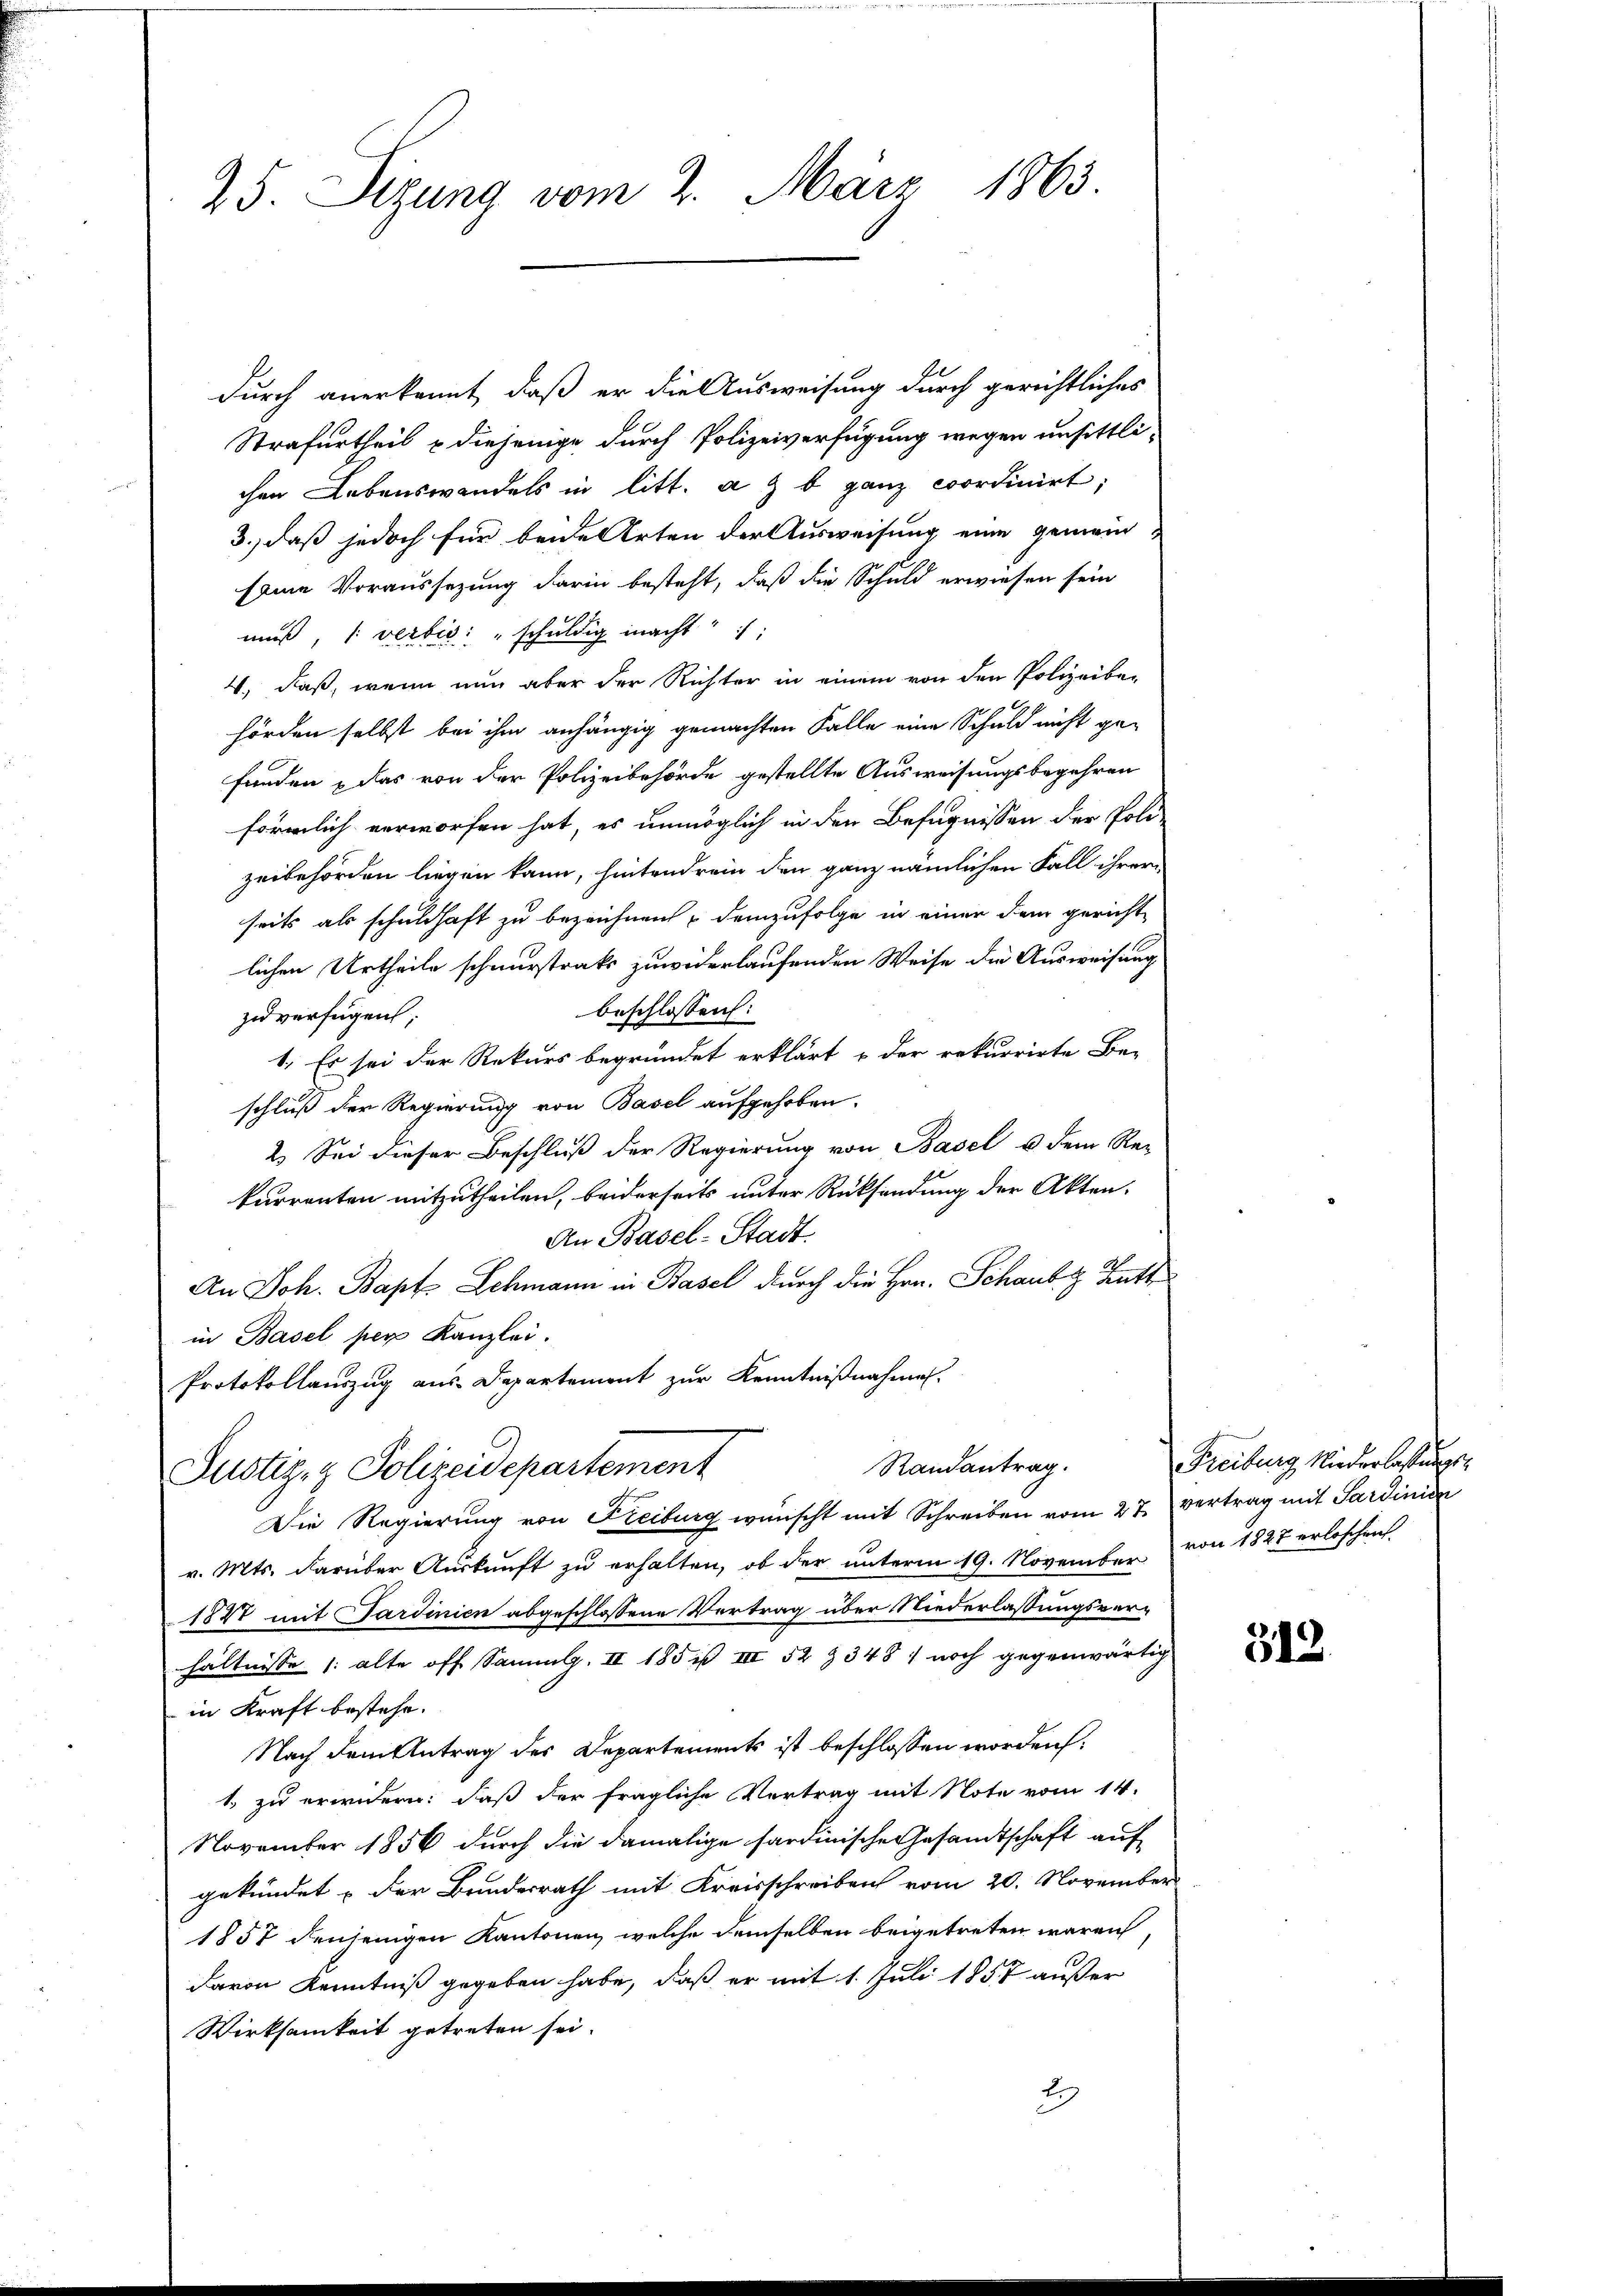
25. Sizung vom 2. März 1863

Randantrag.
Justiz- & Polizeidepartement

durch anerkannt, daß er die Ausweisung durch gerichtliches
Strafurtheil & diejenige durch Polizeiverfügung wegen unsittlichen Lebenswandels in litt. a z b ganz coordinirt;
3., daß jedoch für beide Arten der Ausweisung eine gemeinseine Voraussezung darin besteht, daß die Schuld erwiesen sein
muß, 1 verbis: "schuldig macht
4., daß, wenn nun aber der Richter in einem von den Polizeibe-
hörden selbst bei ihm anhängig gemachten Falle eine Schuld nicht ge-
funden, das von der Polizeibehörde gestellte Ausweisungsbegehren
förmlich verworfen hat, es unmöglich in den Befugnissen der Poli-
zeibehörden liegen kann, hintendrein den ganz nämlichen Fall ihrer
seits als schuldhaft zu bezeichnen, demzufolge in einer dem gerichte
lichen Urtheile schnerstrats zuwiderlaufenden Weise die Ausweisung
beschlossen:
zu verfügen;
1. Es sei der Rekurs begründet erklärt & der rekurrirte Be-
schluß der Regierung von Basel aufgehoben.
2. Sei dieser Beschluß der Regierung von Basel u dem Re-
kurrenten mitzutheilen, beiderseits unter Rücksendung der Akten.
An Basel-Stadt
An Joh. Bapt Schmann in Basel durch die Hrn. Schaubt hatt
in Basel per Kanzlei.
Protokollauszug aus Departement zur Kenntnißnahmen.

Die Regierung von Freiburg wünscht mit Schreiben vom 27. vertrag mit Sardinien
v. Mts. darüber Auskunft zu erhalten, ob der unterm 19. November von 1827 erloschen
1841 mit Sardinien abgeschlossene Vertrag über Niederlassungsver-
hältnisse (: alte off Sammlg. II 185 is III 52 § 348) noch gegenwärtig
in Kraft bestehe.
Nach dem Antrag des Departements ist beschlossen worden.
1 zu erwidern: daß der fragliche Vertrag mit Note vom 14.
November 1856 durch die damalige sardinische Gesandtschaft auf
gekündet der Bundesrath mit Kreisschreiben vom 20. November
1857 denjenigen Kantonen, welche demselben beigetreten waren
davon Kenntniß gegeben habe, daß er mit 1. Juli 1857 außer
Wirksamkeit getreten sei.
29

Freiburg Niederlaßungs¬

312.